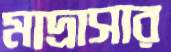
মাদ্রাসার